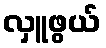
လှူဖွယ်